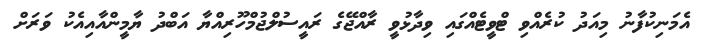
އެމަނިކުފާނު މިއަދު ކުރެއްވި ޓްވީޓެއްގައި ވިދާޅުވީ ރާއްޖޭގެ ރައީސުލްޖުމްހޫރިއްޔާ އަބްދު ޔާމީންއާއިއެކު ވަރަށް